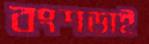
বংশডাই